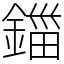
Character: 鍿